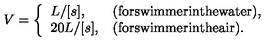
V = \left\{ \begin{array} { l l } { L / [ s ] , } & { \mathrm { ( f o r s w i m m e r i n t h e w a t e r ) , } \nonumber } \\ { 2 0 L / [ s ] , } & { \mathrm { ( f o r s w i m m e r i n t h e a i r ) . } } \\ \end{array} \right.